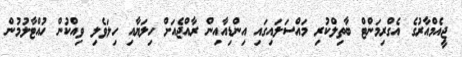
ޖީއެމްއާރުގެ އެގްރިމަންޓް ބާތިލްކުރި މައްސަލައިގަައި އިންޑިއާއިން ރާއްޖެއަށް ހިލަޔާއި ހިލަވެލި ވިއްކުން ހުއްޓާލުމުން